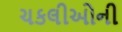
ચકલીઓની